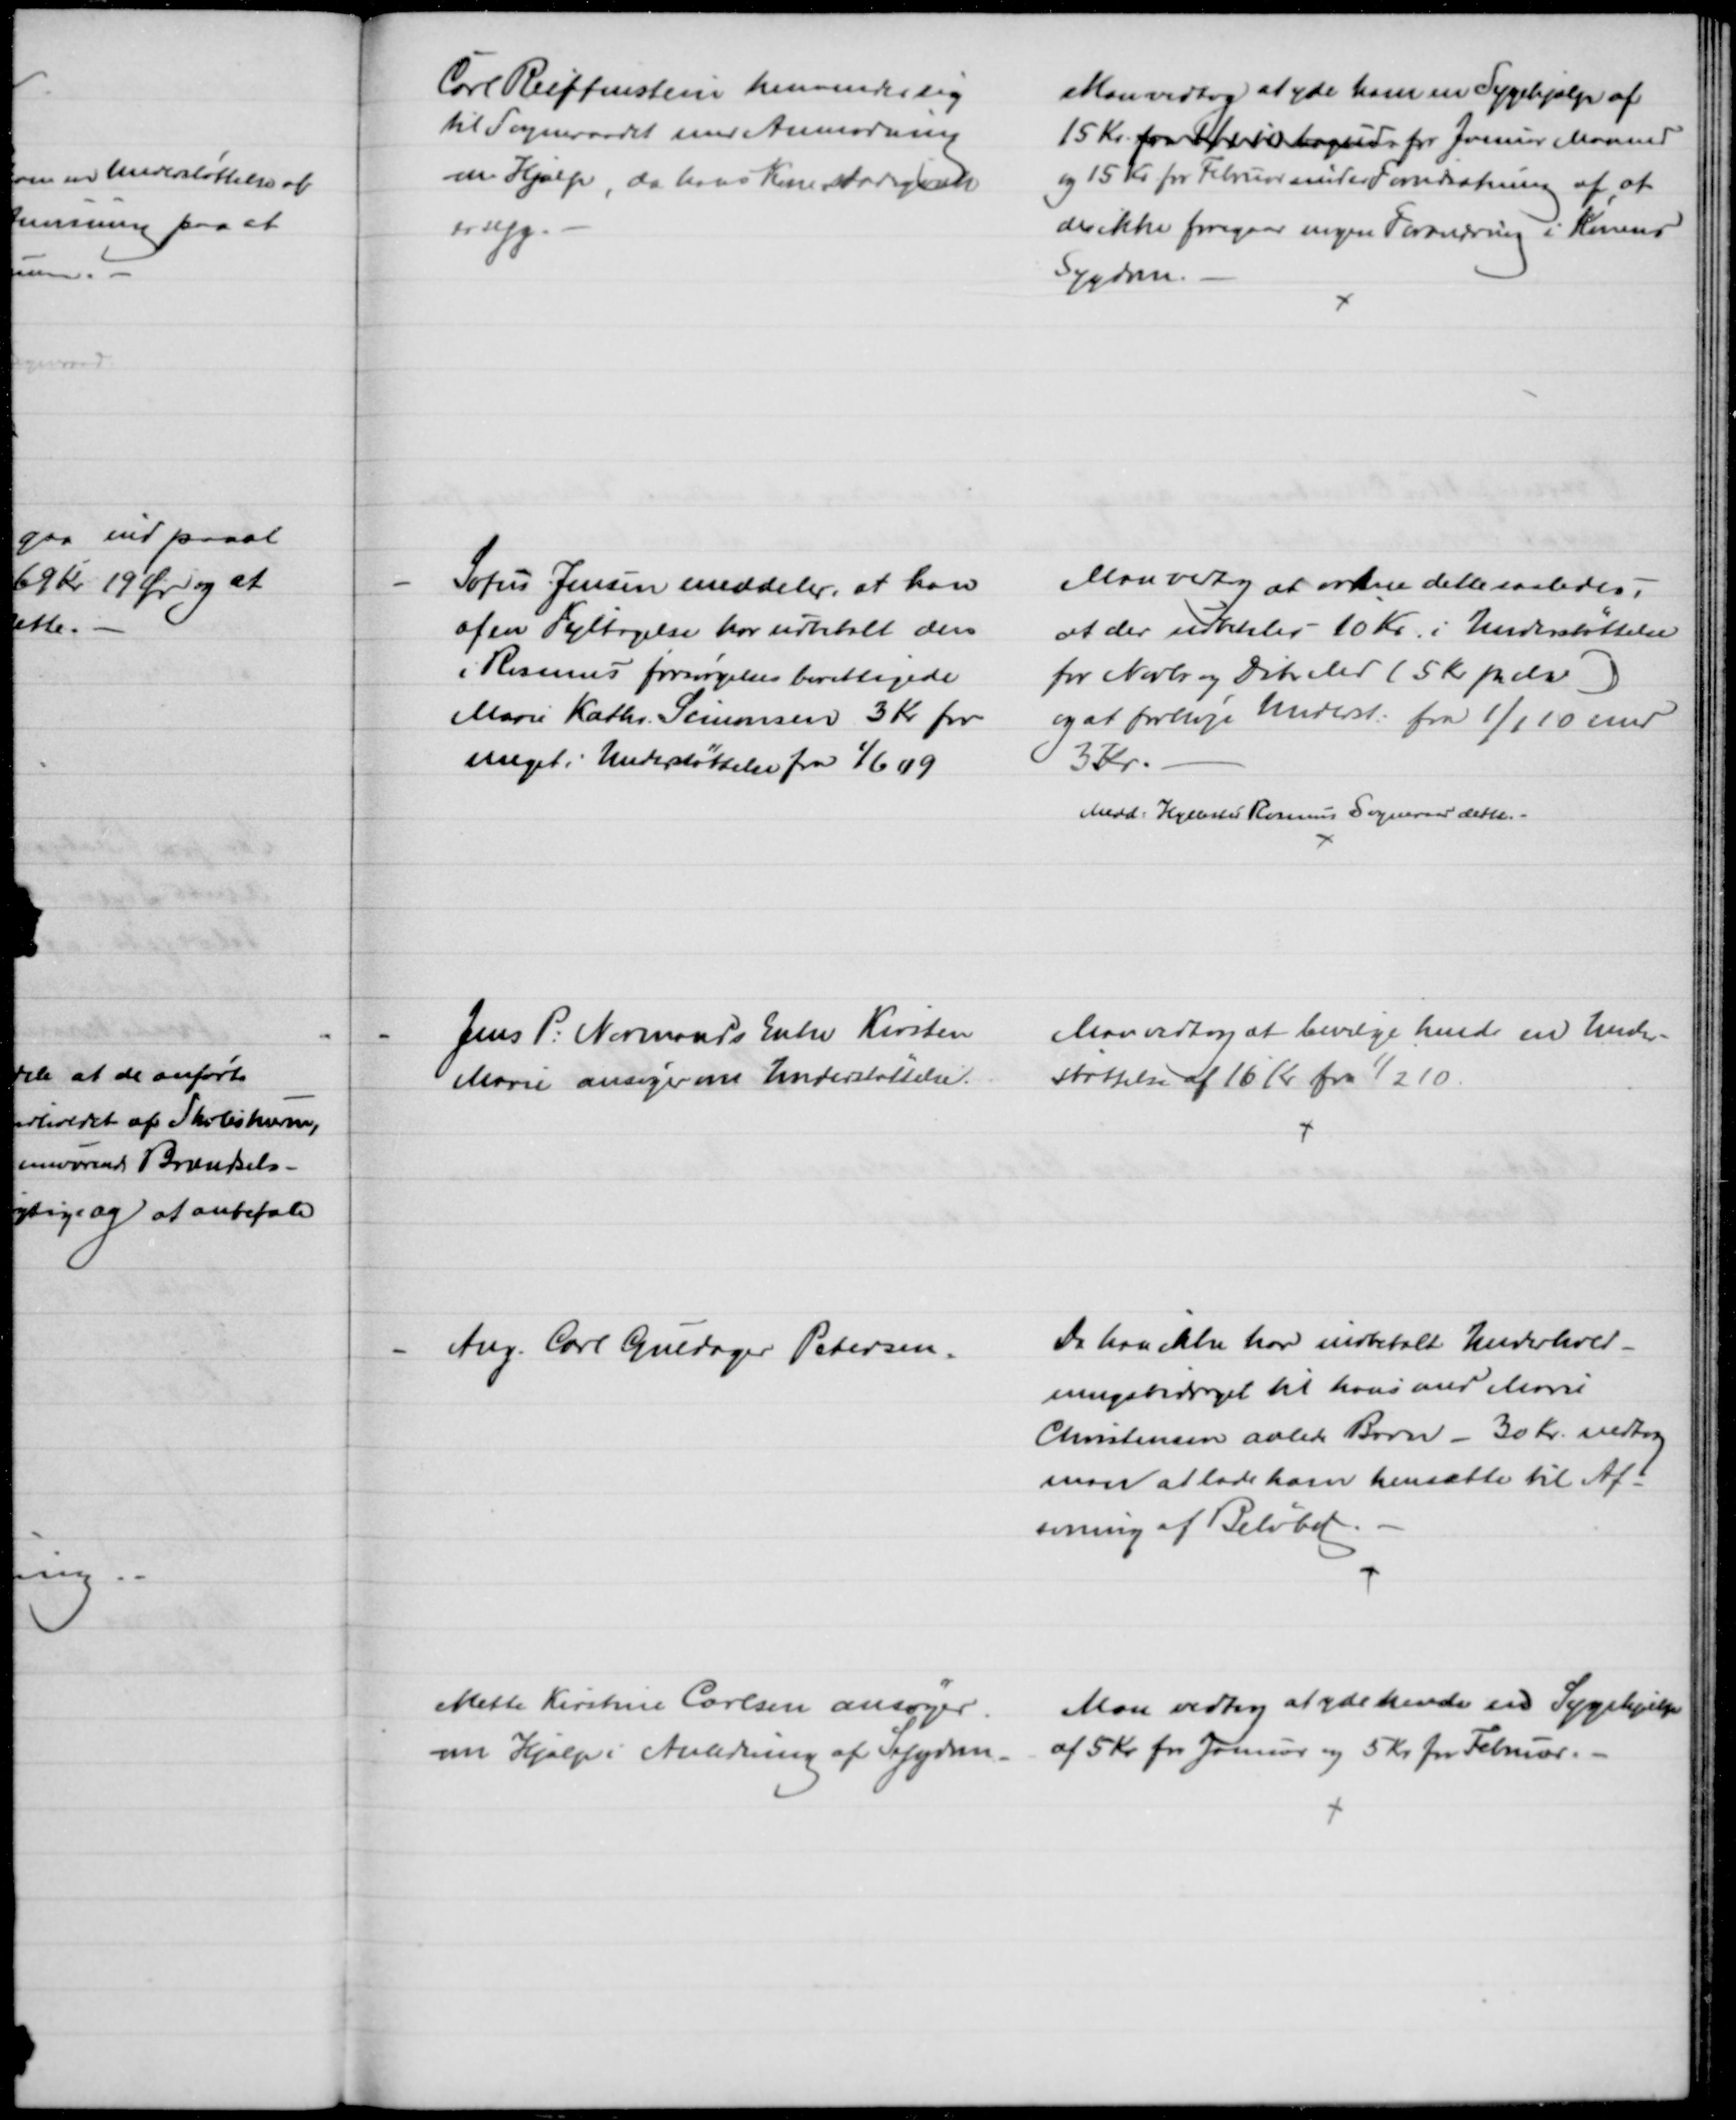
Transskription:
Carl Reiffenstein henvender sig
til Sogneraadet med Anmodning
om Hjælp, da hans Kone stadigvæk
er syg.
Man vedtog at yde ham en Sygehjælp af
15 Kr. fra  for Januar Maaned
og 15 Kr for Februar under Forudsætning af, at
der ikke foregaar nogen Forandring i Konens
Sygdom.
Sofus Jensen meddeler, at han
af en Fejltagelse har udbetalt den
i Rosmus forsørgelsesberettigede
Marie Kathr. Simonsen 3 Kr for
meget i Understøttelse fra 1/6 09
Man vedtog at ordne dette saaledes,
at der udbetales 10 Kr. i Understøttelse
for Novbr og Dcbr Md (5 kr pr Md)
og at forhøje Underst: fra 1/1 10 med
3 Kr.
Medd. Hyllested Rosmus Sogneraad dette.
Jens P: Normands Enke Kirsten
Marie ansøger om Understøttelse.
Man vedtog at bevilge hende en Under-
støttelse af 16 Kr. fra 1/2 10.
Ang. Carl Guldager Petersen.
Da han ikke har indbetalt Underhold-
ningsbidraget til hans med Marie
Christensen avlede Barn - 30 Kr. vedtog
man at lade ham hensætte til Af-
soning af Beløbet.
Mette Kirstine Carlsen ansøger 
om Hjælp i Anledning af Sygdom
Man vedtog at yde hende en Sygehjælp
af 5 Kr for Januar og 5 Kr for Februar.